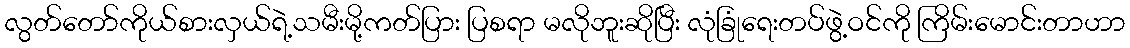
လွတ်တော်ကိုယ်စားလှယ်ရဲ့သမီးမို့ကတ်ပြား ပြစရာ မလိုဘူးဆိုပြီး လုံခြုံရေးတပ်ဖွဲ့ဝင်ကို ကြိမ်းမောင်းတာဟာ